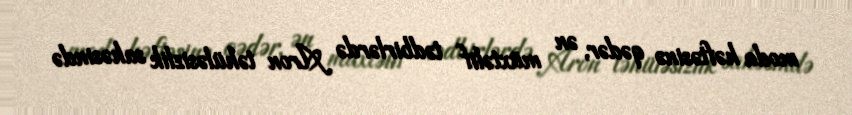
moda həftəsinə qədər, ən müxtəlif tədbirlərdə Aron təhüləsizlik sahəsində